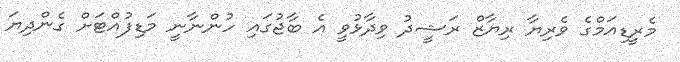
މެރީޑިއަމްގެ ވެރިޔާ ރިޔާޒް ރަޝީދު ވިދާޅުވީ އެ ބާޖުގައި ހުންނާނީ މަޑިފުއްޓަށް ގެންދިޔަ